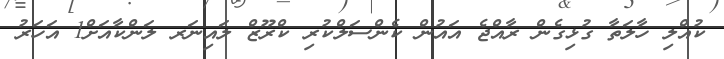
ކުއްލި ހާލަތާ ގުޅިގެން ރާއްޖެ އައުން ކެންސަލްކުރި ކްރޫޒް ލައިނަރ ލަންކާއަށް1 އަހަރު